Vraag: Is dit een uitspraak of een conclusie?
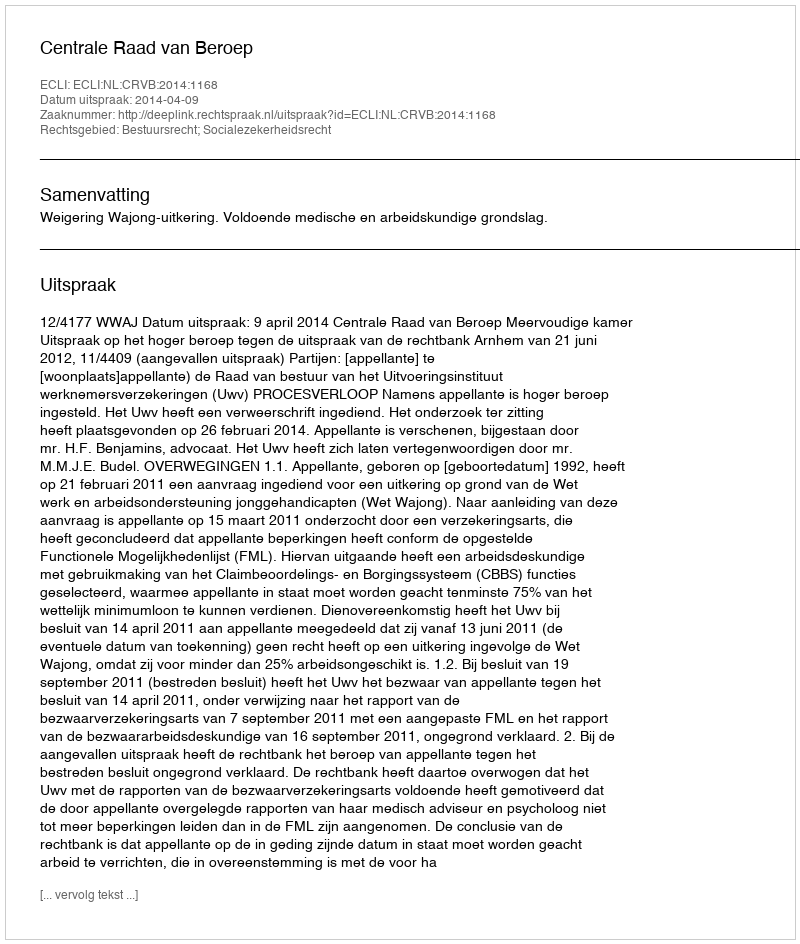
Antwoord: Uitspraak